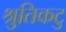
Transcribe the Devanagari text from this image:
श्रुतिकटु